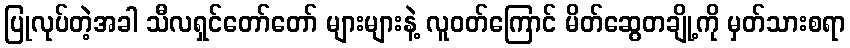
ပြုလုပ်တဲ့အခါ သီလရှင်တော်တော် များများနဲ့ လူဝတ်ကြောင် မိတ်ဆွေတချို့ကို မှတ်သားစရာ